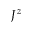
J ^ { z }